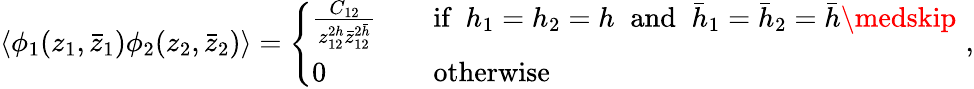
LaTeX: \langle\phi_{1}(z_{1},\bar{z}_{1})\phi_{2}(z_{2},\bar{z}_{2})\rangle=\left\{ \begin{array}{ll}{{\frac{C_{12}}{z_{12}^{2h}\bar{z}_{12}^{2\bar{h}}}}}&{{\quad\textrm{if}\; \; h_{1}=h_{2}=h\; \; \textrm{and}\; \; \bar{h}_{1}=\bar{h}_{2}=\bar{h}\medskip}}\\ {{0}}&{{\quad\textrm{otherwise}\, \, \, }}\end{array}\right.\, \, ,